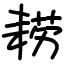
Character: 耢